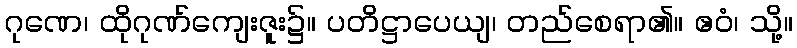
ဂုဏေ၊ ထိုဂုဏ်ကျေးဇူး၌။ ပတိဋ္ဌာပေယျ၊ တည်စေရာ၏။ ဧဝံ၊ သို့။